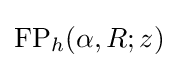
{\text{FP}}_{h}(\alpha ,R;z)